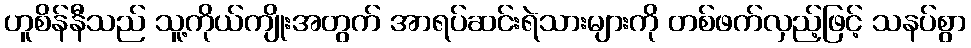
ဟူစိန်နီသည် သူ့ကိုယ်ကျိုးအတွက် အာရပ်ဆင်းရဲသားများကို တစ်ဖက်လှည့်ဖြင့် သနပ်စွာ